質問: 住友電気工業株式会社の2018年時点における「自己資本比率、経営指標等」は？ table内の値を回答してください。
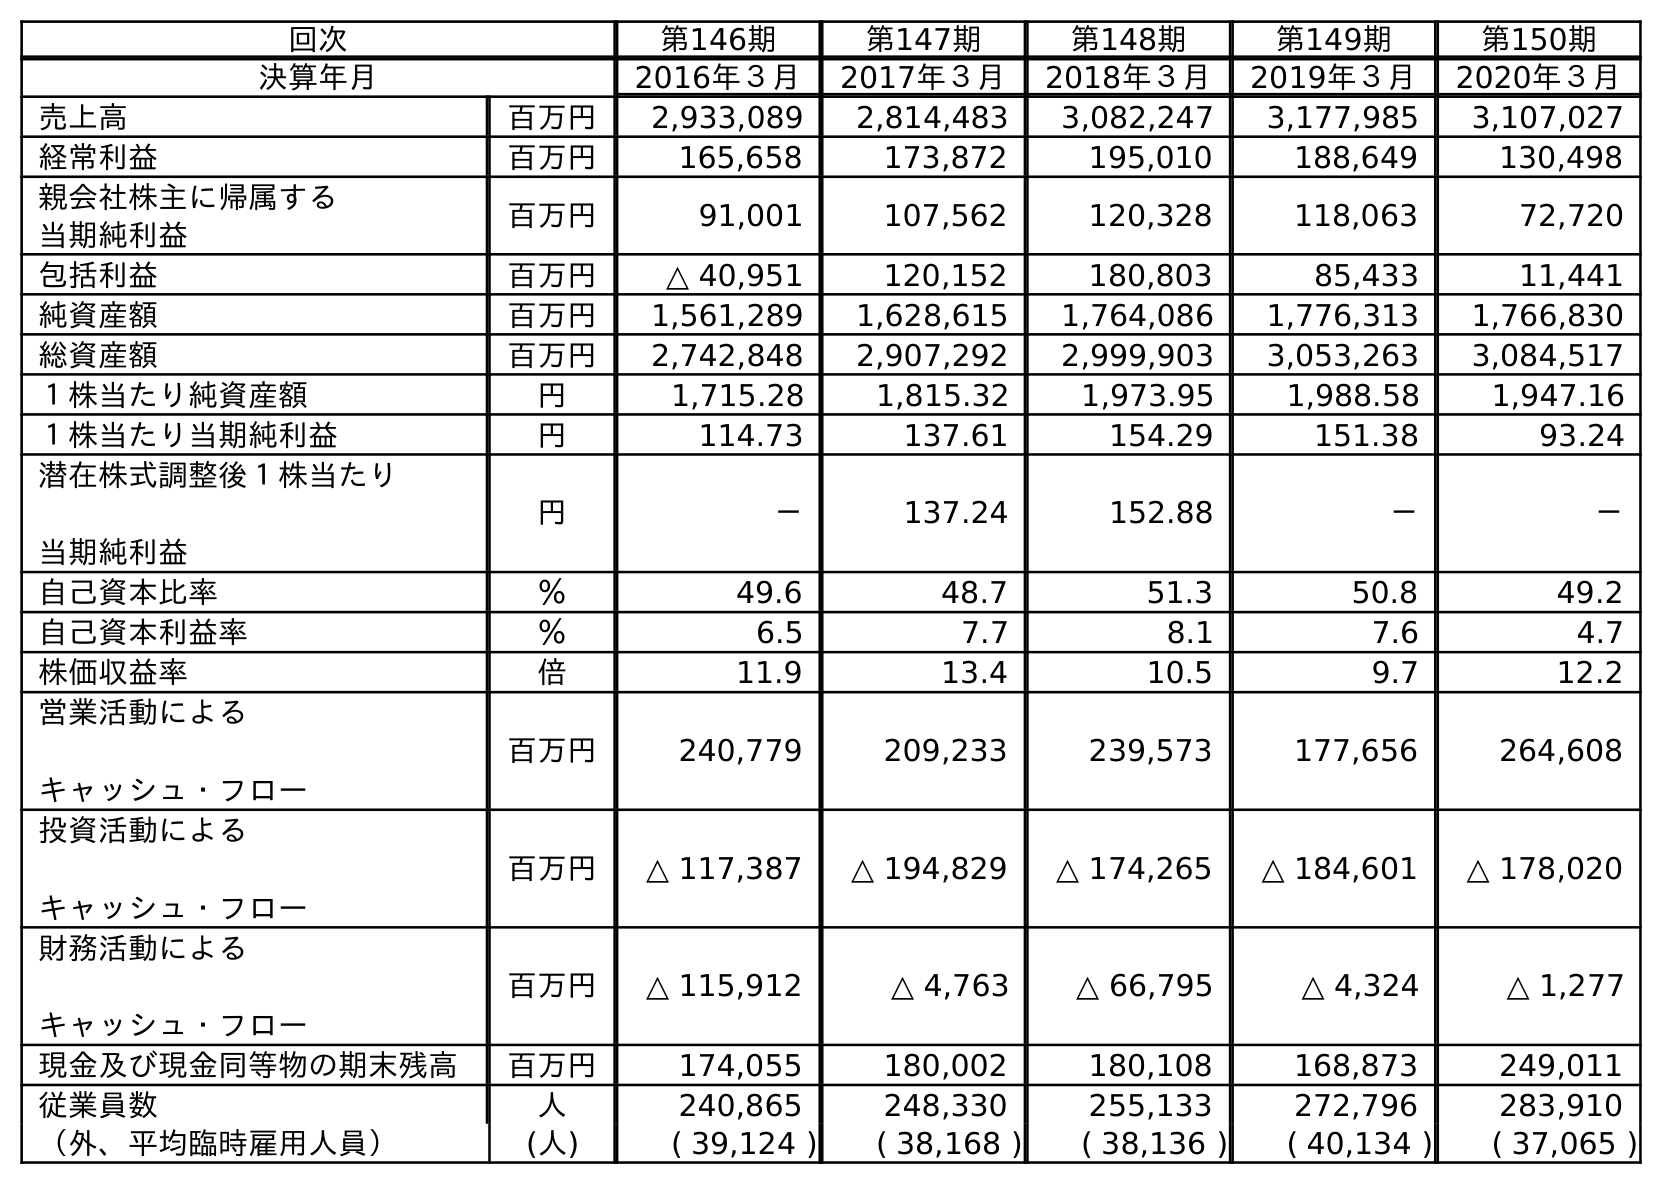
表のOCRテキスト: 回次 第146期 第147期 第148期 第149期 第150期 決算年月 2016年３月 2017年３月 2018年３月 2019年３月 2020年３月 売上高 百万円 2,933,089 2,814,483 3,082,247 3,177,985 3,107,027 経常利益 百万円 165,658 173,872 195,010 188,649 130,498 親会社株主に帰属する 当期純利益 百万円 91,001 107,562 120,328 118,063 72,720 包括利益 百万円 △ 40,951 120,152 180,803 85,433 11,441 純資産額 百万円 1,561,289 1,628,615 1,764,086 1,776,313 1,766,830 総資産額 百万円 2,742,848 2,907,292 2,999,903 3,053,263 3,084,517 １株当たり純資産額 円 1,715.28 1,815.32 1,973.95 1,988.58 1,947.16 １株当たり当期純利益 円 114.73 137.61 154.29 151.38 93.24 潜在株式調整後１株当たり 当期純利益 円 － 137.24 152.88 － － 自己資本比率 ％ 49.6 48.7 51.3 50.8 49.2 自己資本利益率 ％ 6.5 7.7 8.1 7.6 4.7 株価収益率 倍 11.9 13.4 10.5 9.7 12.2 営業活動による キャッシュ・フロー 百万円 240,779 209,233 239,573 177,656 264,608 投資活動による キャッシュ・フロー 百万円 △ 117,387 △ 194,829 △ 174,265 △ 184,601 △ 178,020 財務活動による キャッシュ・フロー 百万円 △ 115,912 △ 4,763 △ 66,795 △ 4,324 △ 1,277 現金及び現金同等物の期末残高 百万円 174,055 180,002 180,108 168,873 249,011 従業員数 人 240,865 248,330 255,133 272,796 283,910 （外、平均臨時雇用人員） (人) ( 39,124 ) ( 38,168 ) ( 38,136 ) ( 40,134 ) ( 37,065 )
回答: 51.3